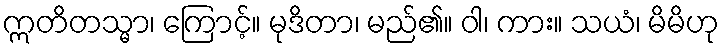
ဣတိတသ္မာ၊ ကြောင့်။ မုဒိတာ၊ မည်၏။ ဝါ၊ ကား။ သယံ၊ မိမိဟု